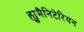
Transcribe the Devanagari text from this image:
ह्युमैनिटेरियन